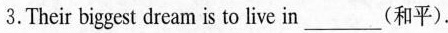
3. Their biggest dream is to live in ___(和平).